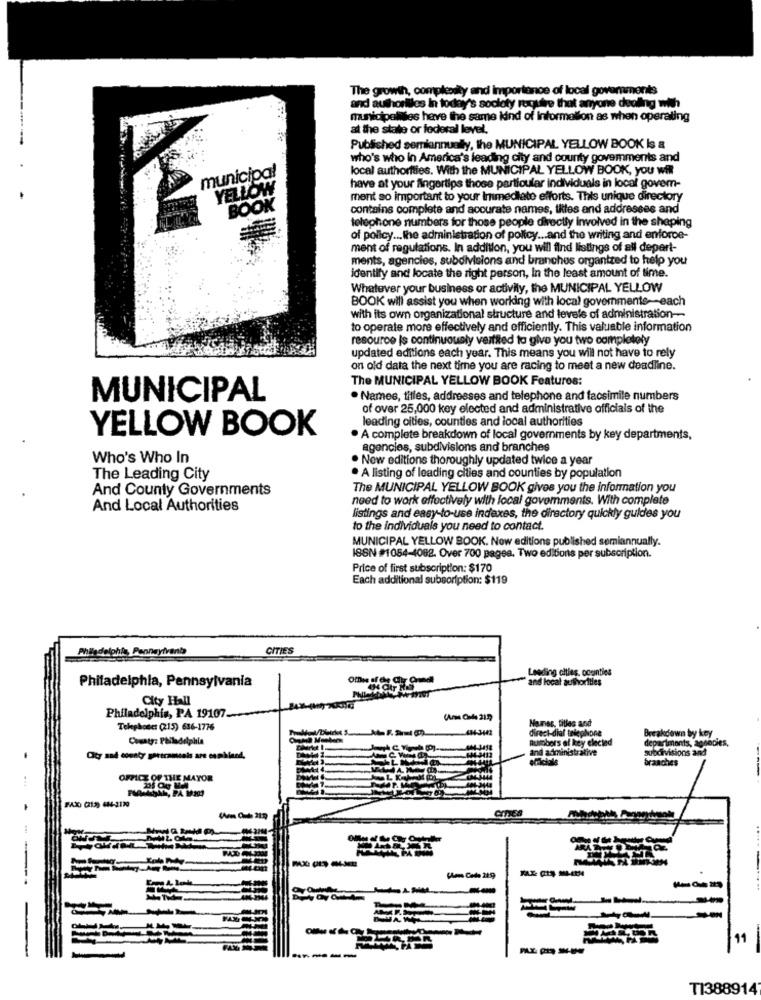
The growth, compkoally and importance of local governments
and authorities in today's socioty require that anyone dealing with
municipalities have the same kind of information as when operating
at the state or federal level.
Published semiannually, the MUNICIPAL YELLOW BOOK Is a
who's who in America's leading city and county govemments and
local authorities. With the MUNICIPAL YELLOW BOOK, you will
municipal
YELLOW
have at your fingertips those particular individuals in local govem-
ment so important to your Immediate efforts. This unique directory
BOOK
contains complete and accurate names, titles and addresses and
telephone numbers for those people directly involved in the shaping
of policy ... the administration of policy ... and the writing and enforce-
ment of regulations. In addition, you will find listings of all depert-
ments, agencies, subdivisions and branches organized to help you
identify and locate the right person, In the least amount of time.
Whatever your business or activity, the MUNICIPAL YELLOW
BOOK will assist you when working with local governments-each
with its own organizational structure and levele of administration --
to operate more effectively and efficiently. This valuable information
resource is continuously vestited to give you two completely
updated editions each year. This means you will not have to rely
on old data the next time you are racing to meat a new deadline.
The MUNICIPAL YELLOW BOOK Features:
MUNICIPAL
· Names, titles, addresses and telephone and facsimile numbers
of over 25,000 key elected and administrative officials of the
leading cities, counties and local authorities
YELLOW BOOK
. A complete breakdown of local governments by key departments,
agencies, subdivisions and branches
Who's Who In
. New editions thoroughly updated twice a year
The Leading City
. A listing of leading cities and counties by population
And County Governments
The MUNICIPAL YELLOW BOOK gives you the information you
need to work effectively with local governments. With complete
And Local Authorities
listings and easy-to-use indexes, the directory quickly guides you
to the individuals you need to contact.
MUNICIPAL YELLOW BOOK. Now editions published semiannually.
ISSN #1054-4082. Over 700 pagea. Two editions per subscription.
Price of first subscription: $170
Each additional subscription: $119
Philadelphia, Pennsylvania
CITIES
Leading cities, counties
Philadelphia, Pennsylvania
and local authorities
City Hall
Philadelphia, PA 19107.
Nazist. titles and
Telephosct (215) 636-1776
direct-dial telephone
Breakdown by key
County: Philadelphia
Rumobor's of key elected
departments, aonodies,
and administrative
subdivisions and
branches
OFFICE OF THE MAYOR
CIES
11
TI388914